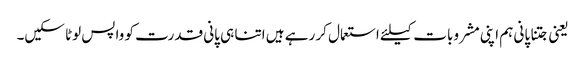
یعنی جتنا پانی ہم اپنی مشروبات کیلئے استعمال کر رہے ہیں اتنا ہی پانی قدرت کو واپس لوٹا سکیں۔